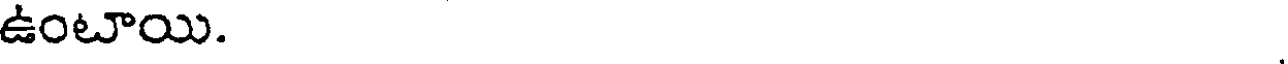
ఉంటాయి.